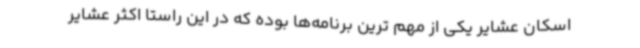
اسکان عشایر یکی از مهم ترین برنامه‌ها بوده که در این راستا اکثر عشایر